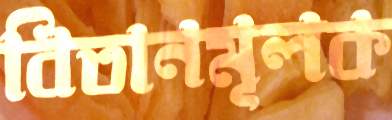
বিতানমূলক